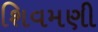
શિવમણી